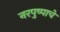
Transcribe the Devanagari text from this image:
नरपुष्पाचे